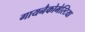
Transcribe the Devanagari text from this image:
गायनैकोमेस्टिया